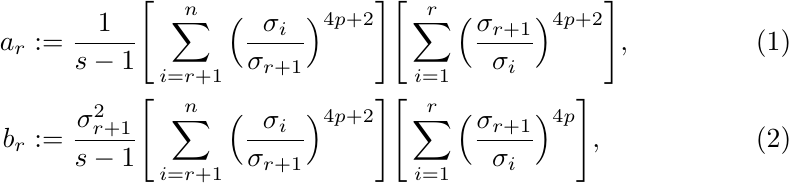
\begin{align}
a_r & := \frac{1}{s-1} \Bigg[\sum_{i=r+1}^{n}\Big(\frac{\sigma_i}{\sigma_{r+1}}\Big)^{4p+2} \Bigg]\Bigg[ \sum_{i=1}^{r}\Big(\frac{\sigma_{r+1}}{\sigma_i}\Big)^{4p+2}\Bigg], \label{eq:main_1_a}\\
b_r & := \frac{\sigma_{r+1}^2}{s-1} \Bigg[\sum_{i=r+1}^{n}\Big(\frac{\sigma_i}{\sigma_{r+1}}\Big)^{4p+2}\Bigg]\Bigg[  \sum_{i=1}^{r}\Big(\frac{\sigma_{r+1}}{\sigma_i}\Big)^{4p}\Bigg],  \label{eq:main_1_b}
\end{align}